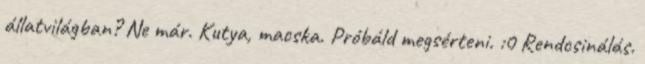
állatvilágban? Ne már. Kutya, macska. Próbáld megsérteni. :0 Rendcsinálás.